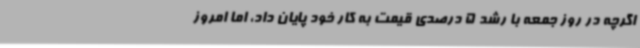
اگرچه در روز جمعه با رشد 5 درصدی قیمت به کار خود پایان داد، اما امروز